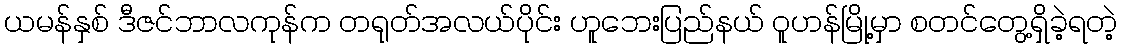
ယမန်နှစ် ဒီဇင်ဘာလကုန်က တရုတ်အလယ်ပိုင်း ဟူဘေးပြည်နယ် ဝူဟန်မြို့မှာ စတင်တွေ့ရှိခဲ့ရတဲ့